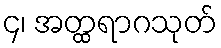
၄၊ အတ္ထရာဂသုတ်